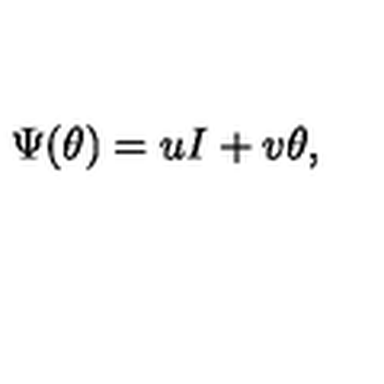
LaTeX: \Psi ( \theta ) = u I + v \theta ,